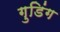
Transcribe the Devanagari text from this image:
गुडिंग